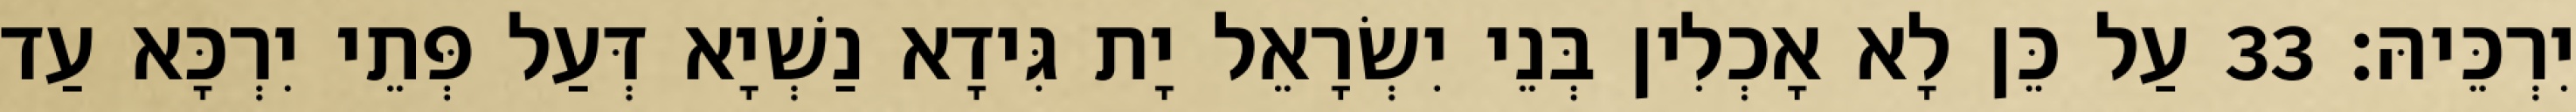
יִרְכֵּיהּ׃ 33 עַל כֵּן לָא אָכְלִין בְּנֵי יִשְׂרָאֵל יָת גִּידָא נַשְׁיָא דְּעַל פְּתֵי יִרְכָּא עַד